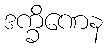
ဒက္ခိဏေန